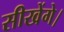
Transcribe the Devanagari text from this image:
सीखेंगे।